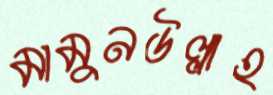
মামুনউল্লাহ